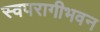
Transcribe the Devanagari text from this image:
स्वपरागीभवन